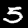
Label: 5